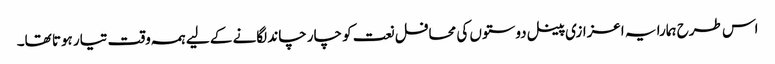
اس طرح ہمارا یہ اعزازی پینل دوستوں کی محافل نعت کو چار چاند لگانے کے لیے ہمہ وقت تیار ہوتا تھا۔